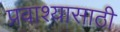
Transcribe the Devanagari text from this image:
प्रवाश्यासाठी